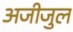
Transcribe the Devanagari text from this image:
अजीजुल